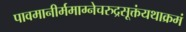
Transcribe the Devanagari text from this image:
पावमानीर्ममाग्नेचरुद्रसूक्तंयथाक्रमं